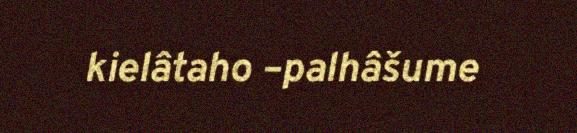
kielâtaho –palhâšume